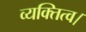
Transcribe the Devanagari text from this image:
व्यक्तित्व।